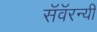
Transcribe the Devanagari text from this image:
सॅवॅरन्यी